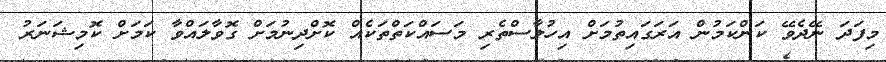
މިފަދަ ނޭދެވޭ ކަންކަމުން އަރަގައިތުމަށް އިހުލާސްތެރި މަސައްކަތްތަކެއް ކޮށްދިނުމަށް ގޮވާލައްވާ ކަމަށް ކޮމިޝަނަރު